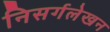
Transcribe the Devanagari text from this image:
निसर्गलेखन